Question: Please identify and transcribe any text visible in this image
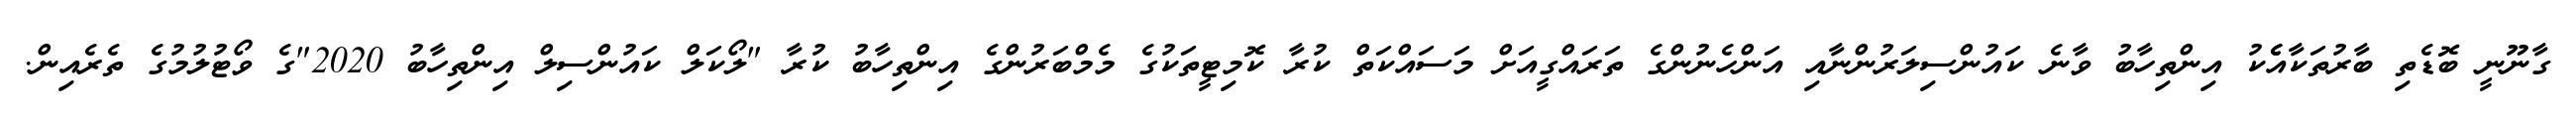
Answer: ގާނޫނީ ބޮޑެތި ބާރުތަކާއެެކު އިންތިހާބު ވާނެ ކައުންސިލަރުންނާއި އަންހެނުންގެ ތަރައްގީއަށް މަސައްކަތް ކުރާ ކޮމިޓީތަކުގެ މެމްބަރުންގެ އިންތިހާބު ކުރާ "ލޯކަލް ކައުންސިލް އިންތިހާބު 2020"ގެ ވޯޓުލުމުގެ ތެރެއިން.